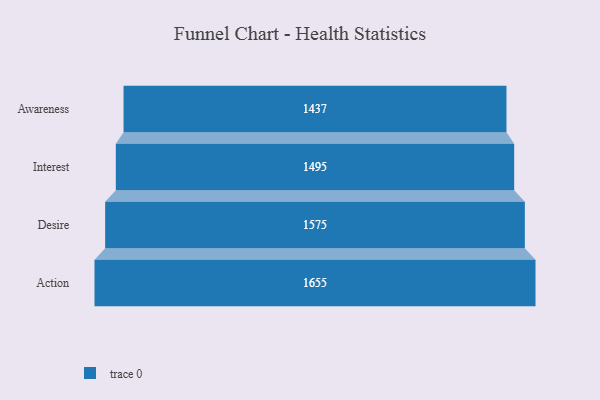
{"axis": {"x": "Stage", "y": "Value"}, "legend": [""], "data": [{"x": "Awareness", "y": 1437.0, "type": ""}, {"x": "Interest", "y": 1495.0, "type": ""}, {"x": "Desire", "y": 1575.0, "type": ""}, {"x": "Action", "y": 1655.0, "type": ""}]}